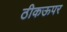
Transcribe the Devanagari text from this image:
ठीकऊपर